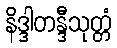
နိဒ္ဒါတန္ဒီသုတ္တံ